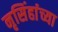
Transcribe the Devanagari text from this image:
नृसिंहांंच्या